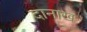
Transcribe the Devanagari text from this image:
दानाख